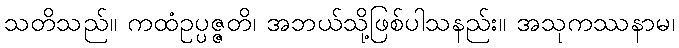
သတိသည်။ ကထံဥပ္ပဇ္ဇတိ၊ အဘယ်သို့ဖြစ်ပါသနည်း။ အသုကဿနာမ၊